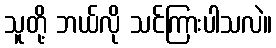
သူတို့ ဘယ်လို သင်ကြားပါသလဲ။